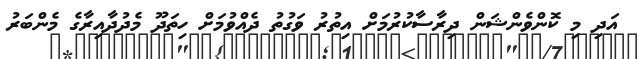
އަދި މި ކޮންވެންޝަން ދިރާސާކުރުމަށް އިތުރު ވަގުތު ދެއްވުމަށް ހިތަދޫ މެދުދާއިރާގެ މެންބަރު